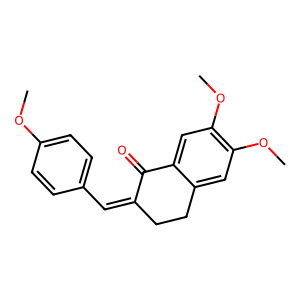
SMILES: COc1ccc(C=C2CCc3cc(OC)c(OC)cc3C2=O)cc1
Inhibits HIV replication: No